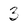
Character: 3